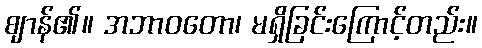
ဈာန်၏။ အဘာဝတော၊ မရှိခြင်းကြောင့်တည်း။